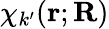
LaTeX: \chi_{k^{\prime}}(\mathbf{r};\mathbf{R})